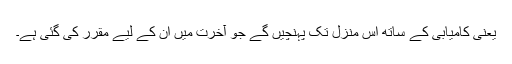
یعنی کامیابی کے ساتھ اُس منزل تک پہنچیں گے جو آخرت میں اُن کے لیے مقرر کی گئی ہے۔